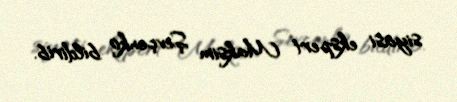
siyasi ekspert Maksim Şevçenko bildirib.